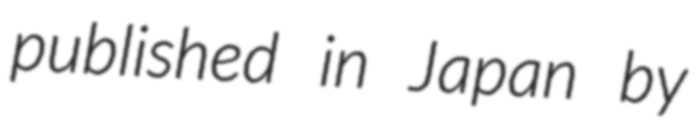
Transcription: published in Japan by